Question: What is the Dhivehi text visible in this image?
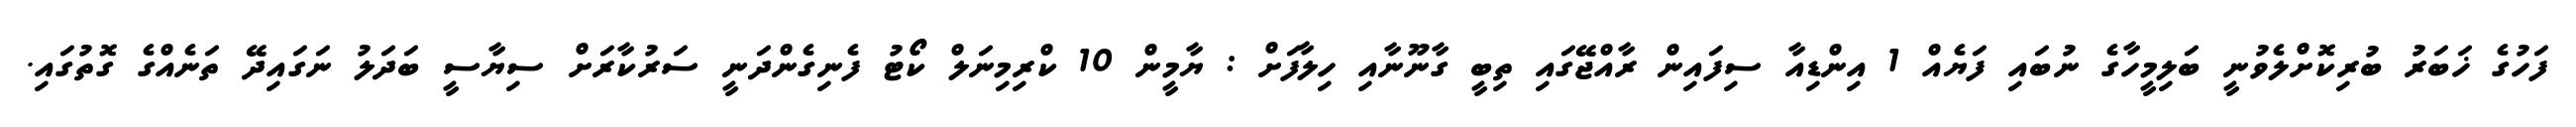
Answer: ފަހުގެ ޚަބަރު ބުރިކޮށްލެވުނީ ބަލިމީހާގެ ނުބައި ފަޔެއް 1 އިންޑިއާ ސިފައިން ރާއްޖޭގައި ތިބީ ގާނޫނާއި ހިލާފަށް : ޔާމީން 10 ކްރިމިނަލް ކޯޓު ފެނިގެންދަނީ ސަރުކާރަށް ސިޔާސީ ބަދަލު ނަގައިދޭ ތަނެއްގެ ގޮތުގައި.